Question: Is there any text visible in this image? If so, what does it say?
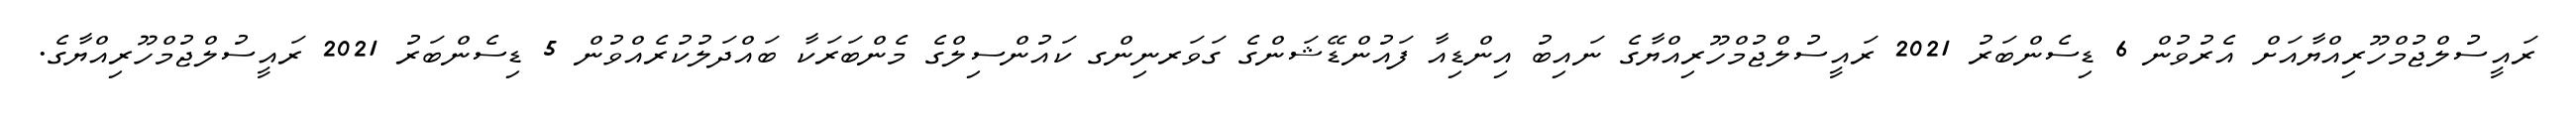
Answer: ރައީސުލްޖުމްހޫރިއްޔާއަށް އެރުވުން 6 ޑިސެންބަރު 2021 ރައީސުލްޖުމްހޫރިއްޔާގެ ނައިބު އިންޑިއާ ފައުންޑޭޝަންގެ ގަވަރނިންގ ކައުންސިލްގެ މެންބަރަކާ ބައްދަލުކުރެއްވުން 5 ޑިސެންބަރު 2021 ރައީސުލްޖުމްހޫރިއްޔާގެ.